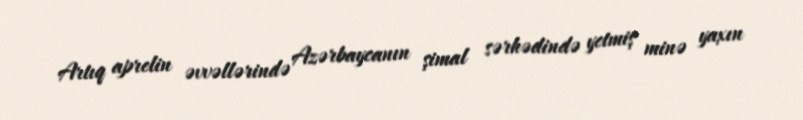
Artıq aprelin əvvəllərində Azərbaycanın şimal sərhədində yetmiş minə yaxın